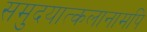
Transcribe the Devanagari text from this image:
समुदयात्कलानामपि